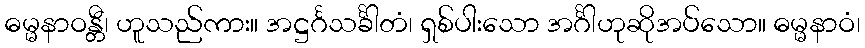
ဓမ္မနာဝန္တီ၊ ဟူသည်ကား။ အဋ္ဌင်္ဂသင်္ခါတံ၊ ရှစ်ပါးသော အင်္ဂါဟုဆိုအပ်သော။ ဓမ္မနာဝံ၊